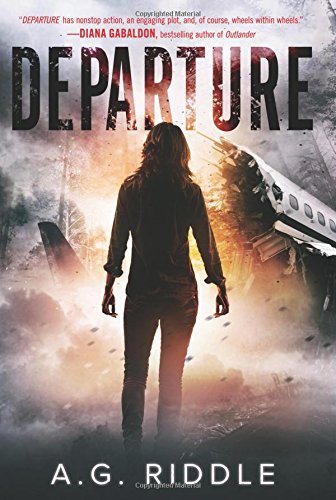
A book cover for Departure; A. G. Riddle; Mystery, Thriller & Suspense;